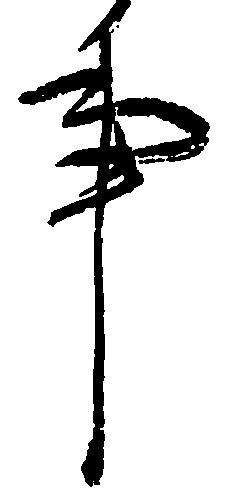
事